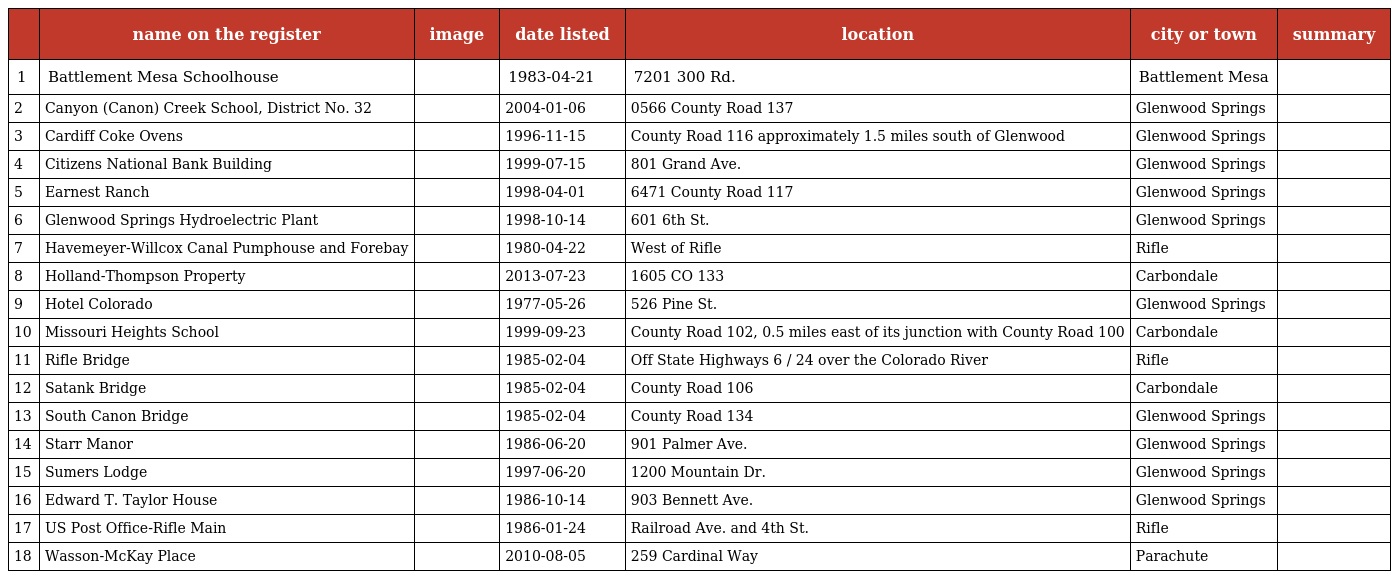
|  | name on the register | image | date listed | location | city or town | summary |
 | --- | --- | --- | --- | --- | --- | --- |
 | 1 | Battlement Mesa Schoolhouse |  | 1983-04-21 | 7201 300 Rd. | Battlement Mesa |  |
 | 2 | Canyon (Canon) Creek School, District No. 32 |  | 2004-01-06 | 0566 County Road 137 | Glenwood Springs |  |
 | 3 | Cardiff Coke Ovens |  | 1996-11-15 | County Road 116 approximately 1.5 miles south of Glenwood | Glenwood Springs |  |
 | 4 | Citizens National Bank Building |  | 1999-07-15 | 801 Grand Ave. | Glenwood Springs |  |
 | 5 | Earnest Ranch |  | 1998-04-01 | 6471 County Road 117 | Glenwood Springs |  |
 | 6 | Glenwood Springs Hydroelectric Plant |  | 1998-10-14 | 601 6th St. | Glenwood Springs |  |
 | 7 | Havemeyer-Willcox Canal Pumphouse and Forebay |  | 1980-04-22 | West of Rifle | Rifle |  |
 | 8 | Holland-Thompson Property |  | 2013-07-23 | 1605 CO 133 | Carbondale |  |
 | 9 | Hotel Colorado |  | 1977-05-26 | 526 Pine St. | Glenwood Springs |  |
 | 10 | Missouri Heights School |  | 1999-09-23 | County Road 102, 0.5 miles east of its junction with County Road 100 | Carbondale |  |
 | 11 | Rifle Bridge |  | 1985-02-04 | Off State Highways 6 / 24 over the Colorado River | Rifle |  |
 | 12 | Satank Bridge |  | 1985-02-04 | County Road 106 | Carbondale |  |
 | 13 | South Canon Bridge |  | 1985-02-04 | County Road 134 | Glenwood Springs |  |
 | 14 | Starr Manor |  | 1986-06-20 | 901 Palmer Ave. | Glenwood Springs |  |
 | 15 | Sumers Lodge |  | 1997-06-20 | 1200 Mountain Dr. | Glenwood Springs |  |
 | 16 | Edward T. Taylor House |  | 1986-10-14 | 903 Bennett Ave. | Glenwood Springs |  |
 | 17 | US Post Office-Rifle Main |  | 1986-01-24 | Railroad Ave. and 4th St. | Rifle |  |
 | 18 | Wasson-McKay Place |  | 2010-08-05 | 259 Cardinal Way | Parachute |  |